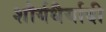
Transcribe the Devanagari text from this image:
शौर्यधैर्यादी